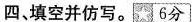
四、填空并仿写。 6分